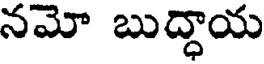
నమో బుద్ధాయ